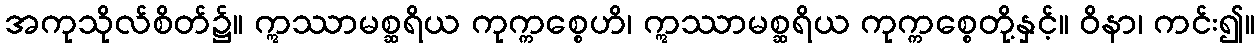
အကုသိုလ်စိတ်၌။ ဣဿာမစ္ဆရိယ ကုက္ကစ္စေဟိ၊ ဣဿာမစ္ဆရိယ ကုက္ကစ္စေတို့နှင့်။ ဝိနာ၊ ကင်း၍။